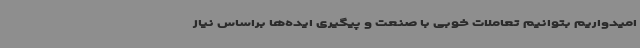
امیدواریم بتوانیم تعاملات خوبی با صنعت و پیگیری ایده‌ها براساس نیاز